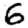
Digit: 6